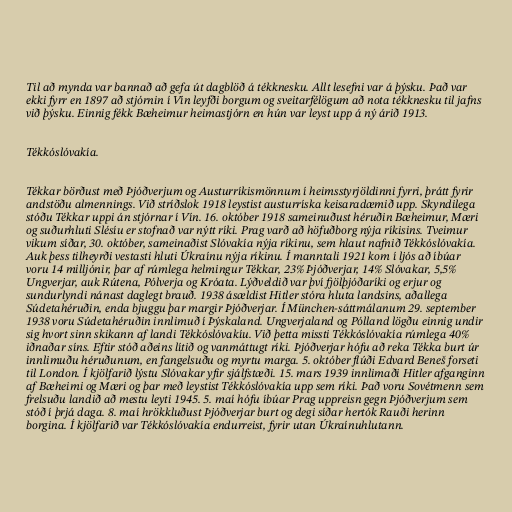
Til að mynda var bannað að gefa út dagblöð á tékknesku. Allt lesefni var á þýsku. Það var
ekki fyrr en 1897 að stjórnin í Vín leyfði borgum og sveitarfélögum að nota tékknesku til jafns
við þýsku. Einnig fékk Bæheimur heimastjórn en hún var leyst upp á ný árið 1913.

Tékkóslóvakía.

Tékkar börðust með Þjóðverjum og Austurríkismönnum í heimsstyrjöldinni fyrri, þrátt fyrir
andstöðu almennings. Við stríðslok 1918 leystist austurríska keisaradæmið upp. Skyndilega
stóðu Tékkar uppi án stjórnar í Vín. 16. október 1918 sameinuðust héruðin Bæheimur, Mæri
og suðurhluti Slésíu er stofnað var nýtt ríki. Prag varð að höfuðborg nýja ríkisins. Tveimur
vikum síðar, 30. október, sameinaðist Slóvakía nýja ríkinu, sem hlaut nafnið Tékkóslóvakía.
Auk þess tilheyrði vestasti hluti Úkraínu nýja ríkinu. Í manntali 1921 kom í ljós að íbúar
voru 14 milljónir, þar af rúmlega helmingur Tékkar, 23% Þjóðverjar, 14% Slóvakar, 5,5%
Ungverjar, auk Rútena, Pólverja og Króata. Lýðveldið var því fjölþjóðaríki og erjur og
sundurlyndi nánast daglegt brauð. 1938 ásældist Hitler stóra hluta landsins, aðallega
Súdetahéruðin, enda bjuggu þar margir Þjóðverjar. Í München-sáttmálanum 29. september
1938 voru Súdetahéruðin innlimuð í Þýskaland. Ungverjaland og Pólland lögðu einnig undir
sig hvort sinn skikann af landi Tékkóslóvakíu. Við þetta missti Tékkóslóvakía rúmlega 40%
iðnaðar síns. Eftir stóð aðeins lítið og vanmáttugt ríki. Þjóðverjar hófu að reka Tékka burt úr
innlimuðu héruðunum, en fangelsuðu og myrtu marga. 5. október flúði Edvard Beneš forseti
til London. Í kjölfarið lýstu Slóvakar yfir sjálfstæði. 15. mars 1939 innlimaði Hitler afganginn
af Bæheimi og Mæri og þar með leystist Tékkóslóvakía upp sem ríki. Það voru Sovétmenn sem
frelsuðu landið að mestu leyti 1945. 5. maí hófu íbúar Prag uppreisn gegn Þjóðverjum sem
stóð í þrjá daga. 8. maí hrökkluðust Þjóðverjar burt og degi síðar hertók Rauði herinn
borgina. Í kjölfarið var Tékkóslóvakía endurreist, fyrir utan Úkraínuhlutann.